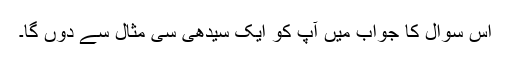
اس سوال کا جواب میں آپ کو ایک سیدھی سی مثال سے دوں گا۔